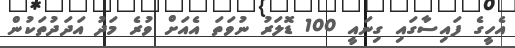
އެހީގެ ފައިސާގައި ގިނައީ 100 ޑޮލަރު ނުވަތަ އެއަށް ވުރެ މަދު އަދަދުތަކުން